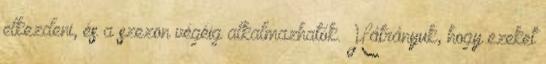
elkezdeni, és a szezon végéig alkalmazhatók. Hátrányuk, hogy ezeket